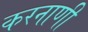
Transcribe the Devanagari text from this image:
करनाणी